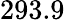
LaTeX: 293.9